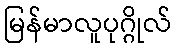
မြန်မာလူပုဂ္ဂိုလ်